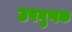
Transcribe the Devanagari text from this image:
उपगुणक